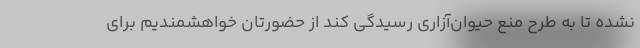
نشده تا به طرح منع حیوان‌آزاری رسیدگی کند از حضورتان خواهشمندیم برای